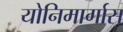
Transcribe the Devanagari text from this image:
योनिमार्गास